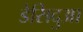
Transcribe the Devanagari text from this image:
डेसिदुआ